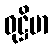
ဝုဋ္ဌိမာ